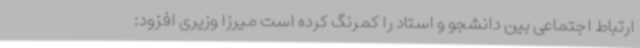
ارتباط اجتماعی بین دانشجو و استاد را کمرنگ کرده است میرزا وزیری افزود: